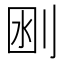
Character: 𠜟